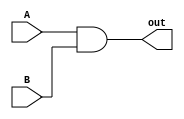
`timescale 1ns/1ps

module bitwiseAND(
    input[31:0] A,
    input[31:0] B,
    output [31:0] out
);

    assign out = A & B;

endmodule